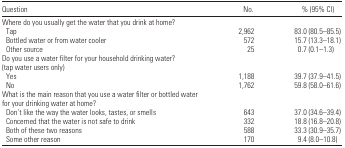
| Question | No. | % (95% CI) |
 | --- | --- | --- |
 | <COLSPAN=3> Where do you usually get the water that you drink at home? |
 | Tap | 2,962 | 83.0 (80.5–85.5) |
 | Bottled water or from water cooler | 572 | 15.7 (13.3–18.1) |
 | Other source | 25 | 0.7 (0.1–1.3) |
 | <COLSPAN=3> Do you use a water filter for your household drinking water? (tap water users only) |
 | Yes | 1,188 | 39.7 (37.9–41.5) |
 | No | 1,762 | 59.8 (58.0–61.6) |
 | <COLSPAN=3> What is the main reason that you use a water filter or bottled water for your drinking water at home? |
 | Don’t like the way the water looks, tastes, or smells | 643 | 37.0 (34.6–39.4) |
 | Concerned that the water is not safe to drink | 332 | 18.8 (16.8–20.8) |
 | Both of these two reasons | 588 | 33.3 (30.9–35.7) |
 | Some other reason | 170 | 9.4 (8.0–10.8) |